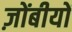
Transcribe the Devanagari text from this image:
ज़ोंबीयों